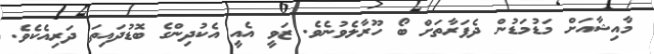
މާއިޝާއަށް މަޑުމަޑުން ދެފަރާތަށް ބޯ ހޫރާލެވުނެވެ. ޒަވީ އެއީ އެކުދިންގެ ބޮޑުދައިތަ ދަރިއެކެވެ.